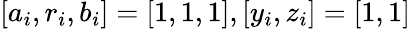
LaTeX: [a_{i},r_{i},b_{i}]=[1,1,1],[y_{i},z_{i}]=[1,1]